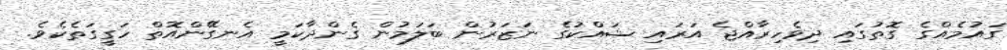
ގައުމެއްގެ ގޮތުގައި ދިވެހިރާއްޖެ އަރައި ޝައްކުގެ ނަޒަރުން ބަލަމުން ގެންދާކަމީ އެނގޭންއޮތް ހަގީގަތެކެވެ.